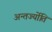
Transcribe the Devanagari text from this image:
अन्तर्ज्योति